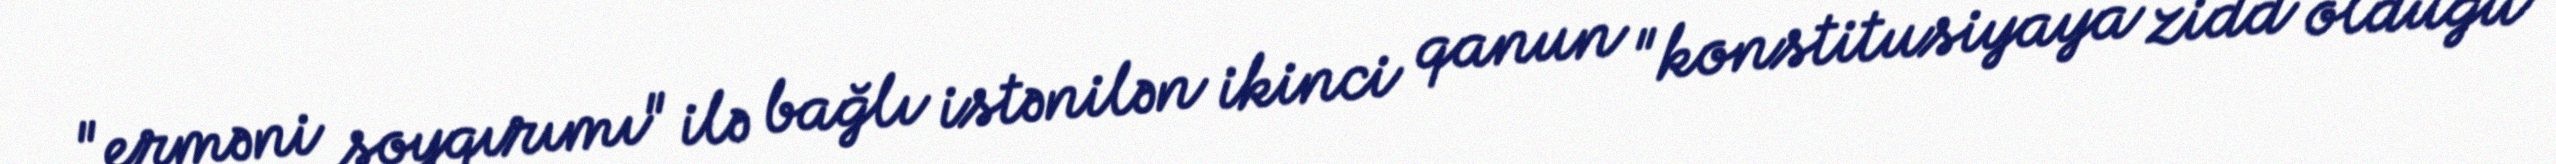
"erməni soyqırımı" ilə bağlı istənilən ikinci qanun "konstitusiyaya zidd olduğu